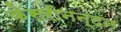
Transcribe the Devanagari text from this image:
केसरीनन्दन